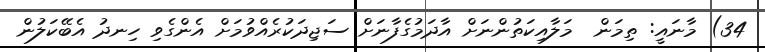
34) މާނައީ: ތިމަން  މަލާއިކަތުންނަށް އާދަމުގެފާނަށް ސަޖިދަކުރެއްވުމަށް އެންގެވި ހިނދު އެބޭކަލުން